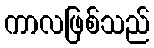
ကာလဖြစ်သည်